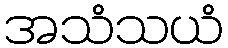
အသံသယံ